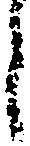
う